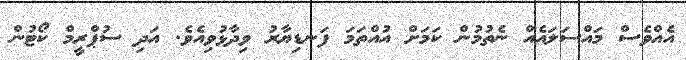
އެއްވެސް މައްސަލައެއް ނެތުމުން ކަމަށް އުއްތަމަ ފަނޑިޔާރު ވިދާޅުވިއެވެ. އަދި ސުޕްރީމް ކޯޓުން